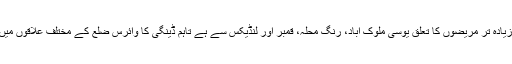
ڈینگی سے متاثرہ زیادہ تر مریضوں کا تعلق یوسی ملوک آباد، رنگ محلہ، قمبر اور لنڈیکس سے ہے تاہم ڈینگی کا وائرس ضلع کے مختلف علاقوں میں بھی پھیل رہا ہے۔